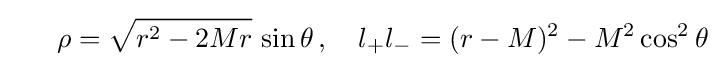
\;\;\quad \rho ={\sqrt {r^{2}-2Mr}}\,\sin \theta \,,\quad l_{+}l_{-}=(r-M)^{2}-M^{2}\cos ^{2}\theta